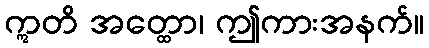
ဣတိ အတ္ထော၊ ဤကားအနက်။